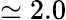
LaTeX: \simeq 2.0